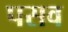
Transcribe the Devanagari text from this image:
पसव